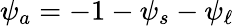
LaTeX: \psi_{a}=-1-\psi_{s}-\psi_{\ell}